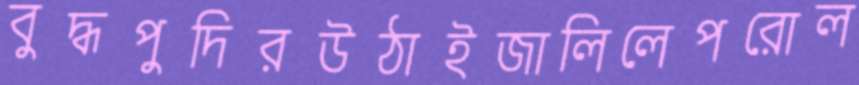
বুদ্ধপুদিরউঠাইজালিলেপরোল